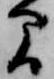
間